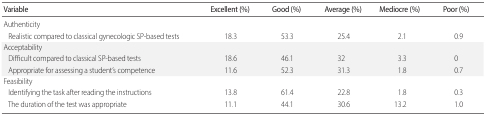
| Variable | Excellent (%) | Good (%) | Average (%) | Mediocre (%) | Poor (%) |
 | --- | --- | --- | --- | --- | --- |
 | Authenticity |  |  |  |  |  |
 | Realistic compared to classical gynecologic SP-based tests | 18.3 | 53.3 | 25.4 | 2.1 | 0.9 |
 | Acceptability |  |  |  |  |  |
 | Difficult compared to classical SP-based tests | 18.6 | 46.1 | 32 | 3.3 | 0 |
 | Appropriate for assessing a student’s competence | 11.6 | 52.3 | 31.3 | 1.8 | 0.7 |
 | Feasibility |  |  |  |  |  |
 | Identifying the task after reading the instructions | 13.8 | 61.4 | 22.8 | 1.8 | 0.3 |
 | The duration of the test was appropriate | 11.1 | 44.1 | 30.6 | 13.2 | 1.0 |